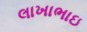
લાખાભાઇ